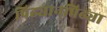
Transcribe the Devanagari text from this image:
पिढ्यान्‌पिढ्या